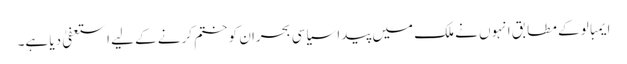
ایمبالو کے مطابق انہوں نے ملک میں پیدا سیاسی بحران کو ختم کرنے کے لیے استعفیٰ دیا ہے۔